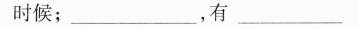
时候；_________，有_______